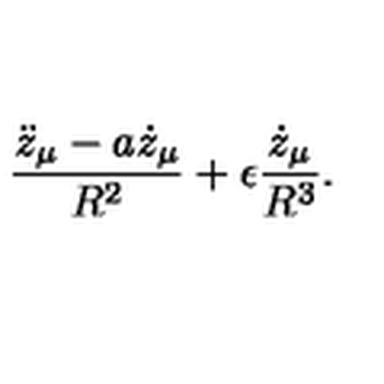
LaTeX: { \frac { \ddot { z } _ { \mu } - a \dot { z } _ { \mu } } { R ^ { 2 } } } + \epsilon { \frac { \dot { z } _ { \mu } } { R ^ { 3 } } } .